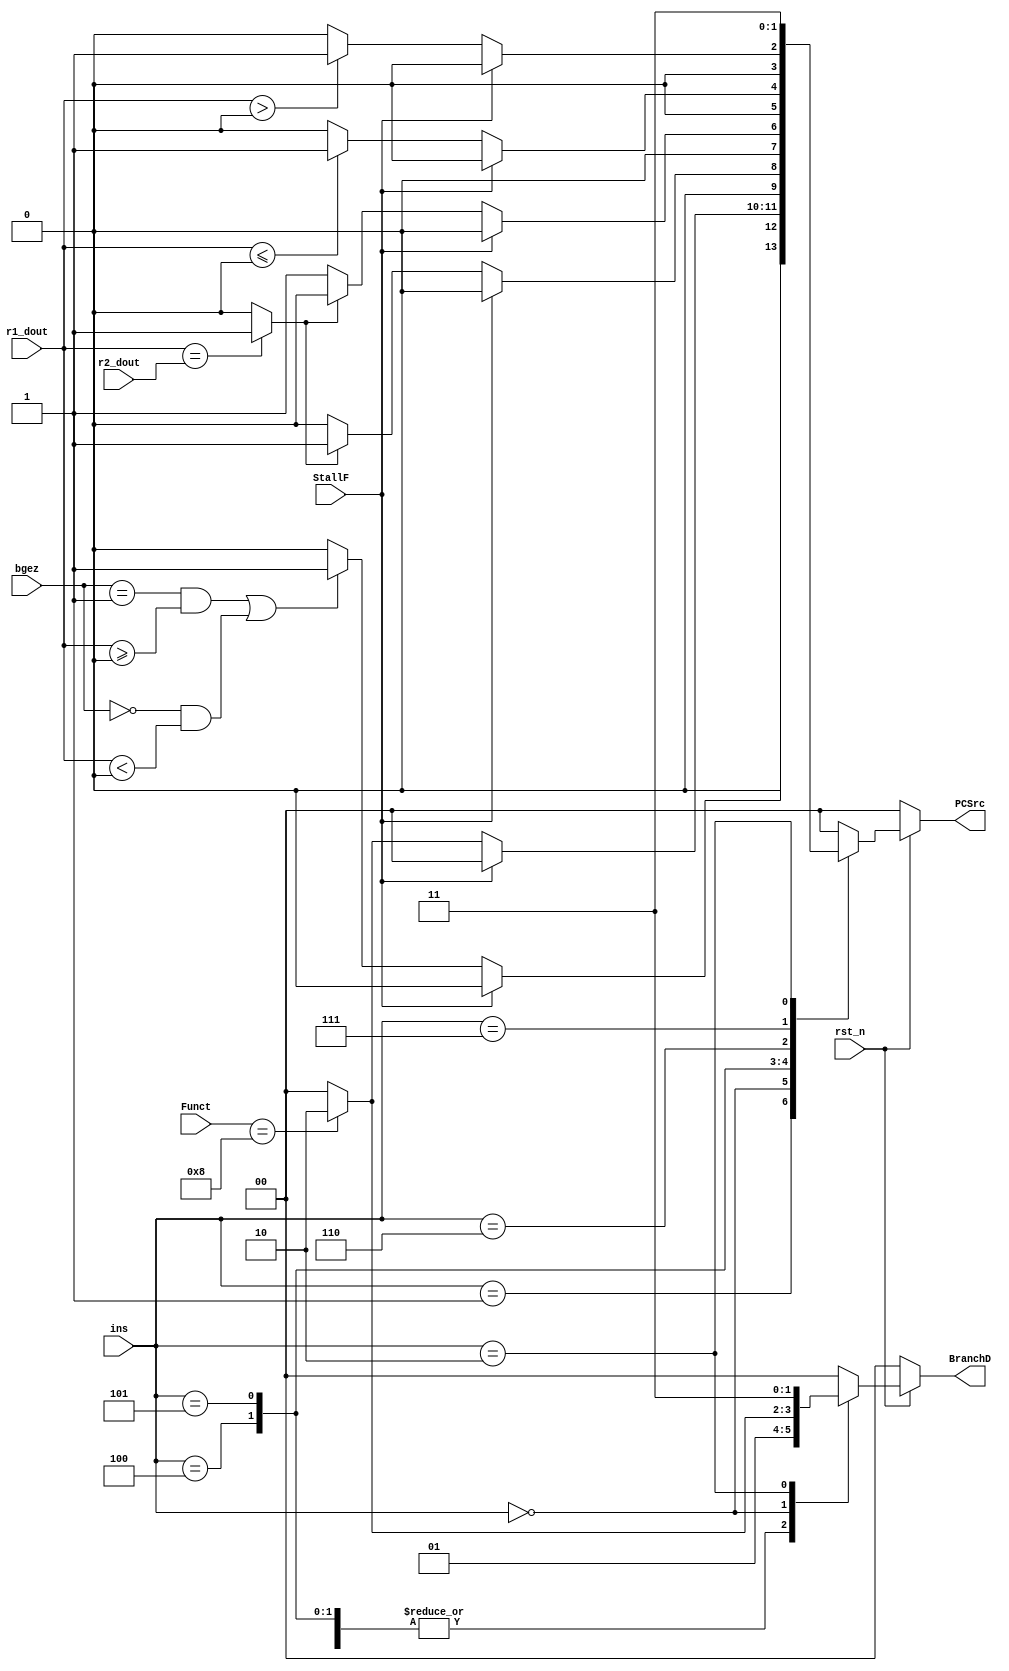
`timescale 1ns / 1ps
//////////////////////////////////////////////////////////////////////////////////
// Company: 
// Engineer: 
// 
// Design Name: 
// Module Name:    PCSrc_Branch 
// Project Name: 
// Target Devices: 
// Tool versions: 
// Description: 
//
// Dependencies: 
//
// Revision: 
// Revision 0.01 - File Created
// Additional Comments: 
//
//////////////////////////////////////////////////////////////////////////////////
module PCSrc_Branch(
   input rst_n,
   input signed [31:0]r1_dout,
	input signed [31:0]r2_dout,
	input [5:0]ins,
	input [5:0]Funct,
	input [4:0]bgez,
	input StallF,
	output reg [1:0]PCSrc,
	output reg [1:0]BranchD
    );
 wire EqualD;

 assign EqualD = (r1_dout==r2_dout)?1:0;

 always@(*)
 begin
    if(~rst_n)  PCSrc = 2'd0;
	 else
	   begin
	    case(ins)
		 6'h01: begin if(StallF) PCSrc = 2'd0; else if((bgez==5'd1&&r1_dout>=32'd0)||(bgez==5'd0&&r1_dout<32'd0)) PCSrc = 2'd1; else PCSrc = 2'd0; end
		 6'h00: begin if(StallF) PCSrc = 2'd0; else if(Funct==6'h08)  PCSrc = 2'd2; else PCSrc = 2'd0; end
		 6'h04: begin if(StallF) PCSrc = 2'd0; else if(EqualD) PCSrc = 2'd1; else PCSrc = 2'd0; end
		 6'h05: begin if(StallF) PCSrc = 2'd0; else if(EqualD) PCSrc = 2'd0; else PCSrc = 2'd1; end
		 6'h06: begin if(StallF) PCSrc = 2'd0; else if(r1_dout<=32'd0) PCSrc = 2'd1; else PCSrc = 2'd0; end
	    6'h07: begin if(StallF) PCSrc = 2'd0; else if(r1_dout>32'd0) PCSrc = 2'd1; else PCSrc = 2'd0; end
		 6'h02: PCSrc = 2'd3;
		 default: PCSrc = 2'd0;
		 endcase
		end
 end
 
 always@(*)
 begin
   if(~rst_n)  BranchD = 2'd0;
	else
	 begin
    case(ins)
	 6'h01:  BranchD = 2'd1;
	 6'h04:  BranchD = 2'd1;
	 6'h05:  BranchD = 2'd1;
	 6'h06:  BranchD = 2'd1;
    6'h07:  BranchD = 2'd1;
	 6'h00: begin if(Funct==6'h08) BranchD = 2'd2; else BranchD = 2'd0; end
	 6'h02: BranchD = 2'd3;
    default: BranchD = 2'd0;
	 endcase
	 end
 end

endmodule